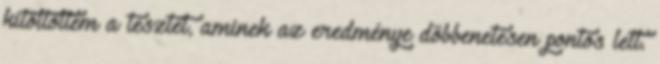
kitöltöttem a tesztet, aminek az eredménye döbbenetesen pontos lett.